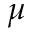
\mu